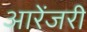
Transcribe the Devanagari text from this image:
आरेंजरी